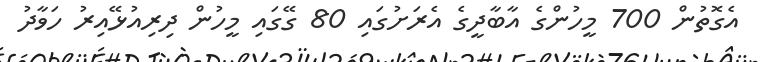
އެގޮތުން 700 މީހުންގެ އާބާދީގެ އެރަށުގައި 80 ގޭގައި މީހުން ދިރިއުޅޭއިރު ހަވާދު